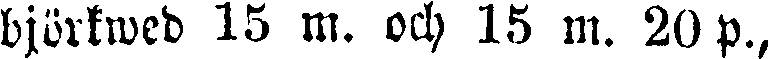
björkwed 15 m. och 15 m. 20 p.,